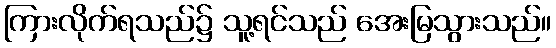
ကြားလိုက်ရသည်၌ သူ့ရင်သည် အေးမြသွားသည်။